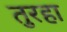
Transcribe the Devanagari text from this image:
तुरहा